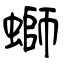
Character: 螄